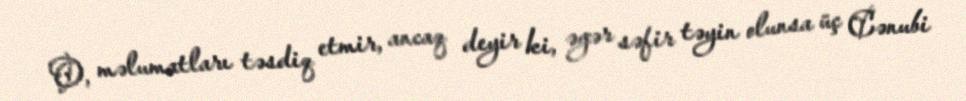
O, məlumatları təsdiq etmir, ancaq deyir ki, əgər səfir təyin olunsa üç Cənubi